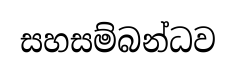
සහසම්බන්ධව